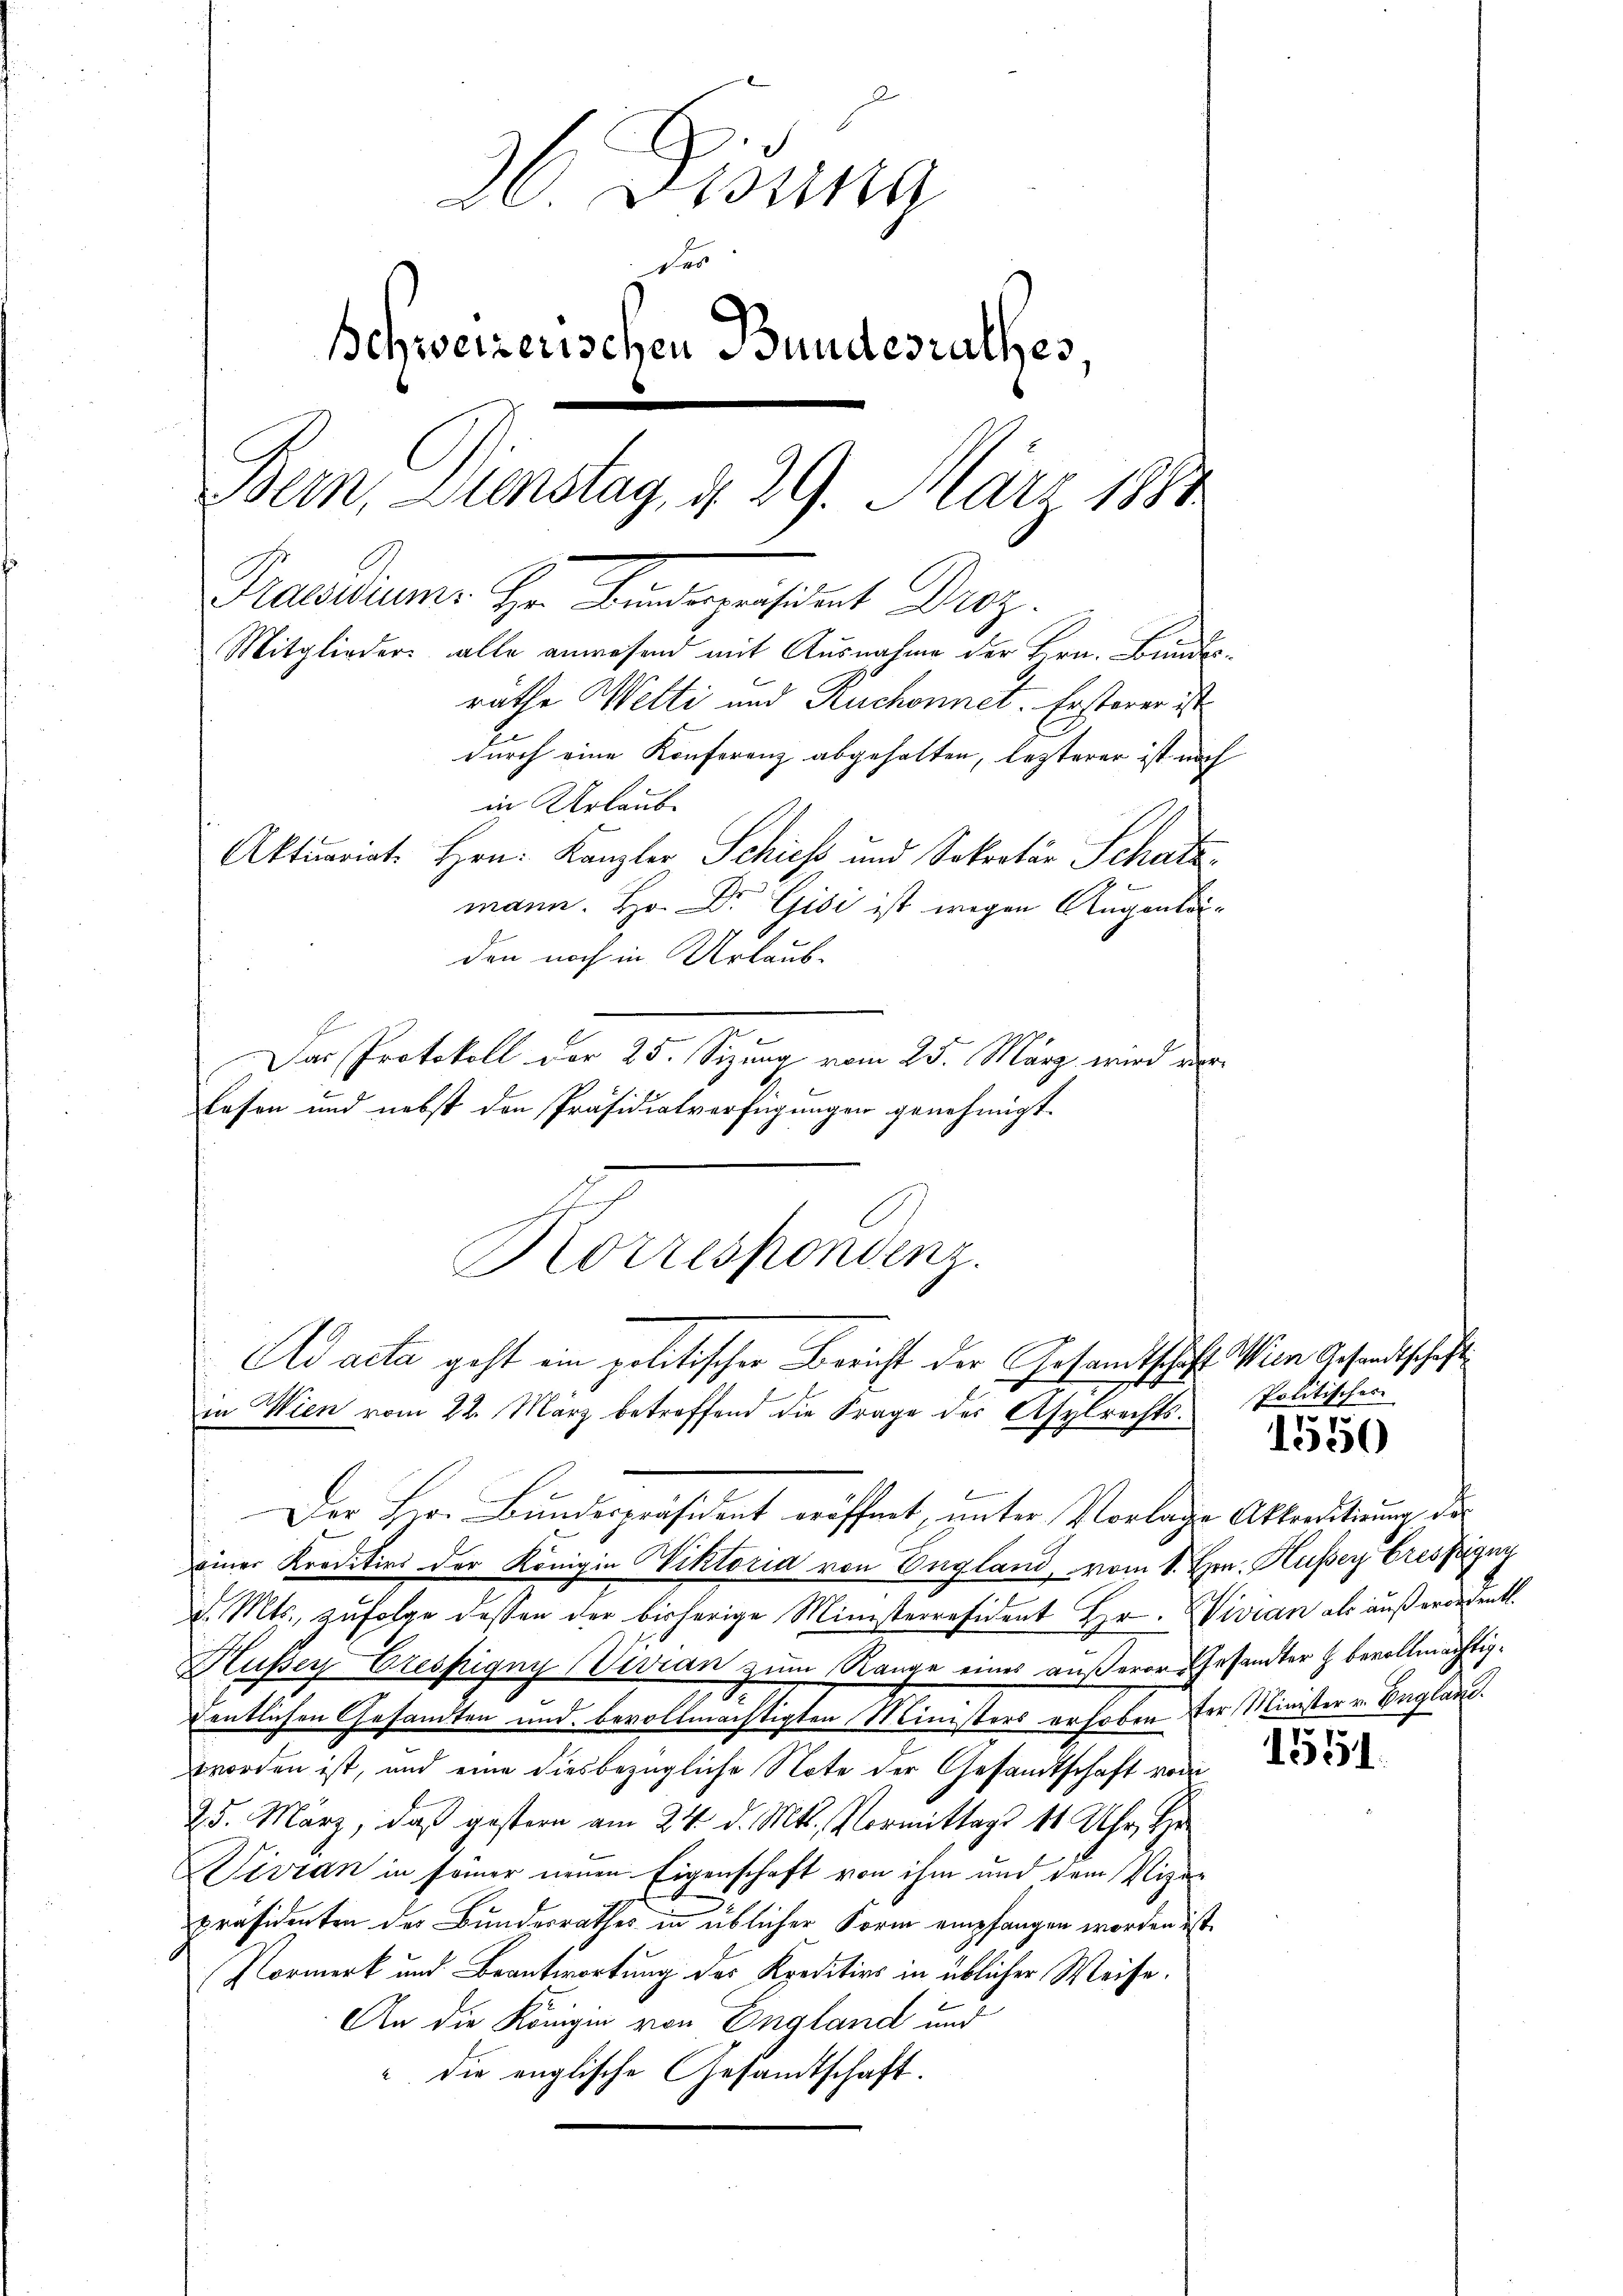
36 Dionna
des
Schweizerischen Bundesrathes,
Bern Dienstag, d. 29. März 1884
Praediums Hrn. Mangemeistent Droz.
Mitglieder alle anwesend mit Ausnahme der Hrn. Bundesräthe Welti und Ruchonnet. Ersterer ist
durch eine Konferenz abgehalten, lezterer ist noch
in Urlaube
Aktuariat Hrn. Kanzler Schiess und Sekretär Schatz
mann. Hr. Dr. Gisi ist wegen Augenko¬

den noch in Urlaub-
Das Protokoll der 25. Sizung vom 25. März wird vorlasen und nebst den Präsidialverfügungen genehmigt.
einer Kreditiv der Königin Wiktoria von England, vom 1. Hrn. Huser Fressigny
d. Mts., zufolge dessen der bisherige Ministerresident Hr. Wivian als außerordentl.
Hußer Crespigny Vivran zum Range eines äußerer Gesandter z. bevollmächtigdentlichen Gesandten und bevollmächtigten Ministers erhoben der Minister v. England.
worden ist, und eine diesbezügliche Note der Gesandtschaft vor
25. März, daß gestern am 24. d. Mts. Vormittags 10 Uhr, He
Sivran in seiner neuen Eigenschaft von ihm und dem Vize-
präsidenten der Bundesrathes in üblicher Form empfangen worden ist.
Vormerk und Beantwortung des Kreditivs in üblicher Weise.
An die Königin von England und
" die englische Gesandtschaft.

Korrespondenz.
Ad acta geht ein politischer Bericht der Gesandtschaft Wien Gesandtschaf
f
in Wien vom 22. März betreffend die Frage des Asylrechts¬
Der Herr Bundespräsident eröffnet, unter Vorlage Abtreditirung des

Politisches
5

1550

1551.

.